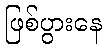
ဖြစ်ပွားနေ